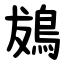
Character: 䳊